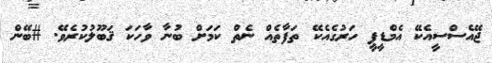
ޖޭއެސްސީއެކޭ އެމްޑީޕީ ހަރުގެއެކޭ ތަފާތެއް ނެތް ކަމަށް ބުނާ ވާހަކަ ޤަބޫލުކުރެވޭ. #ބޭން